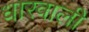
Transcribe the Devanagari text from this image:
धारवाली